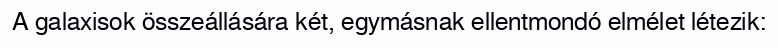
A galaxisok összeállására két, egymásnak ellentmondó elmélet létezik: